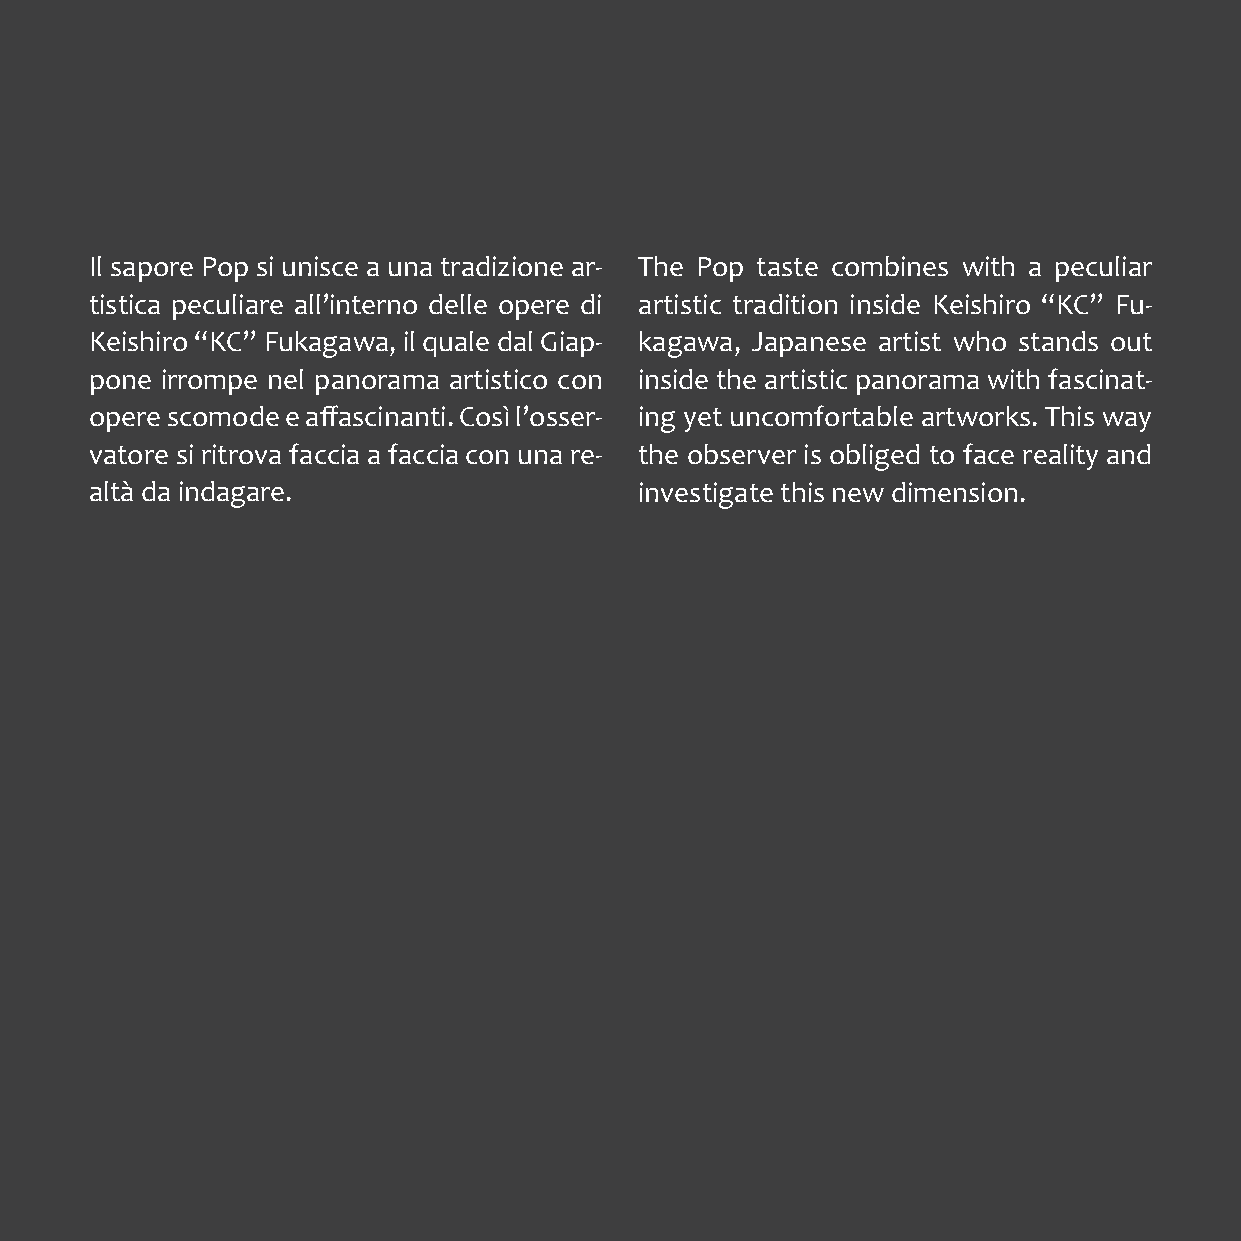
Il sapore Pop si unisce a una tradizione ar- The Pop taste combines with a peculiar
 tistica peculiare all’interno delle opere di artistic tradition inside Keishiro “KC” Fu-
 Keishiro “KC” Fukagawa, il quale dal Giap- kagawa, Japanese artist who stands out
 pone irrompe nel panorama artistico con inside the artistic panorama with fascinat-
 opere scomode e affascinanti. Così l’osser- ing yet uncomfortable artworks. This way
 vatore si ritrova faccia a faccia con una re- the observer is obliged to face reality and
 altà da indagare.                   investigate this new dimension.